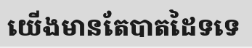
យើងមានតែបាតដៃទទេ